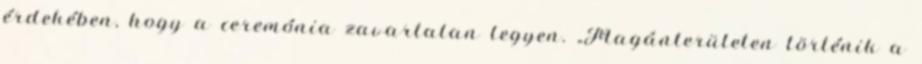
érdekében, hogy a ceremónia zavartalan legyen. „Magánterületen történik a